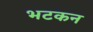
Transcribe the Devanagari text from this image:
भटकन